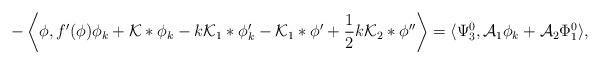
LaTeX: \begin{align*}-\left\langle \phi,f'(\phi)\phi_{k} + \mathcal{K}*\phi_{k} - k\mathcal{K}_{1}*\phi_{k}' - \mathcal{K}_{1}*\phi' + \frac{1}{2}k\mathcal{K}_{2}*\phi'' \right\rangle &= \langle\Psi_{3}^{0},\mathcal{A}_{1}\phi_{k} + \mathcal{A}_{2}\Phi_{1}^{0} \rangle,\end{align*}